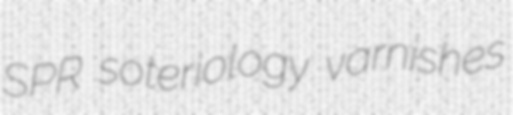
SPR soteriology varnishes